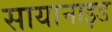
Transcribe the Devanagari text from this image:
सायानाइड